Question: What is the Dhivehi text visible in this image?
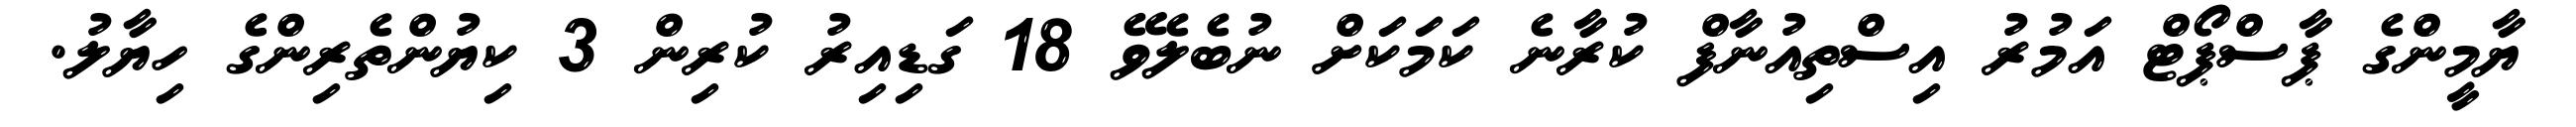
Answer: ޔާމީންގެ ޕާސްޕޯޓް އަމުރު އިސްތިއުނާފް ކުރާނެ ކަމަކަށް ނުބެލެވޭ 18 ގަޑިއިރު ކުރިން 3 ކިޔުންތެރިންގެ ހިޔާލު.